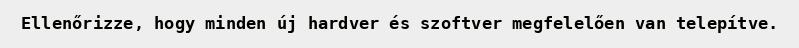
Ellenőrizze, hogy minden új hardver és szoftver megfelelően van telepítve.